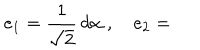
e _ { 1 } = { \frac { { 1 } } { { \sqrt { 2 } } } } \, d \alpha ~ , \quad e _ { 2 } =